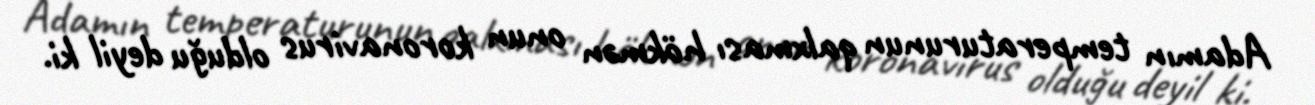
Adamın temperaturunun qalxması hökmən onun koronavirus olduğu deyil ki.